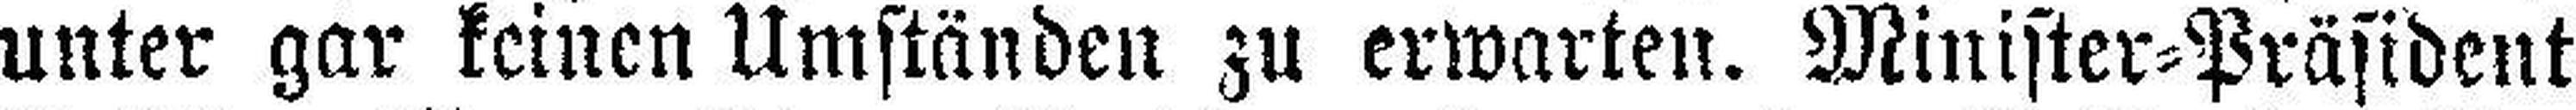
unter gar keinen Umständen zu erwarten. Minister=Präsident